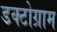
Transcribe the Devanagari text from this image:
डक्टोग्राम